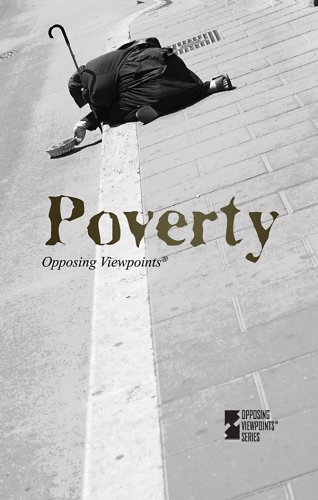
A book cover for Poverty; Wagner Viqi (EDT); Teen & Young Adult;